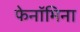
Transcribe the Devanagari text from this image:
फेनॉमिना